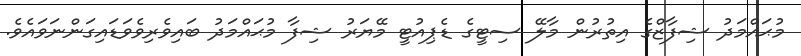
މުޙައްމަދު ޝިފާޒްގެ އިތުރުން މާލޭ ސިޓީގެ ޑެޕިއުޓީ މޭޔަރު ޝިފާ މުޙައްމަދު ބައިވެރިވެވަޑައިގަންނަވައެވެ.